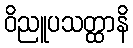
ဝိညူပသတ္ထာနိ